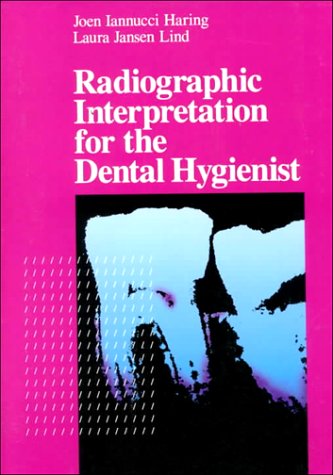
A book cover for Radiographic Interpretation for the Dental Hygienist, 1e; Joen Iannucci Haring; Medical Books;